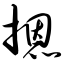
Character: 摁